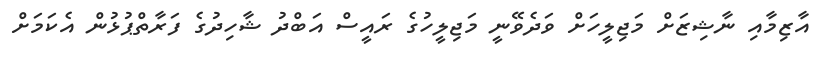
އާޒިމާއި ނާޝިޒަށް މަޖިލީހަށް ވަދެވޭނީ މަޖިލީހުގެ ރައީސް އަބްދު ޝާހިދުގެ ފަރާތްޕުޅުން އެކަމަށް